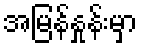
အမြန်နှုန်းမှာ